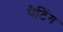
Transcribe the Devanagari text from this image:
पैटिंग